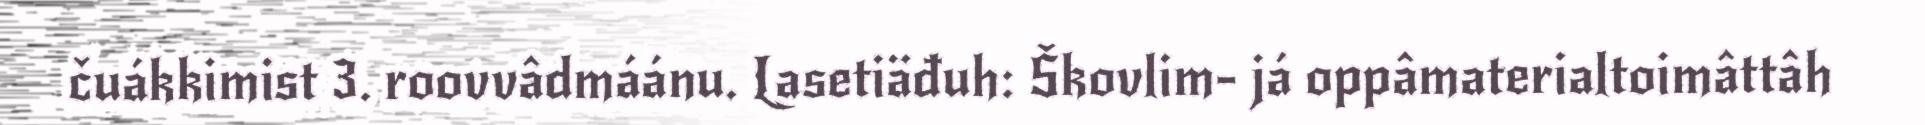
čuákkimist 3. roovvâdmáánu. Lasetiäđuh: Škovlim- já oppâmaterialtoimâttâh